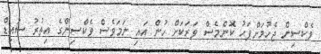
ވެކްސިން ޖެހުމަށްފަހު ކޮންމެސް ވަރަކަށް ހުން އައި ނަމަވެސް ވެކްސިންގެ އިތުރު ސައިޑް